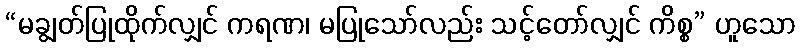
“မချွတ်ပြုထိုက်လျှင် ကရဏ၊ မပြုသော်လည်း သင့်တော်လျှင် ကိစ္စ” ဟူသော